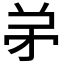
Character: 𬼺